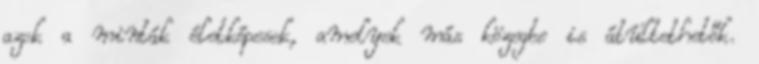
azok a minták életképesek, amelyek más közegbe is átültethetők.